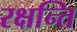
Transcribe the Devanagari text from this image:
रक्षन्ति